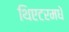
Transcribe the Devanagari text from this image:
थिएटरमधे